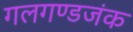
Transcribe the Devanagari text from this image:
गलगण्डजंक